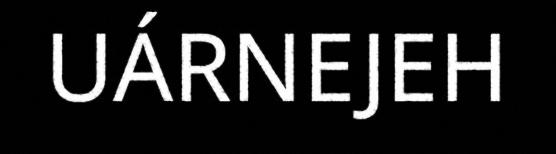
UÁRNEJEH